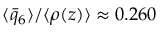
\langle \bar { q } _ { 6 } \rangle / \langle \rho ( z ) \rangle \approx 0 . 2 6 0